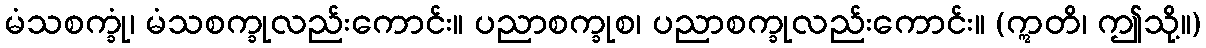
မံသစက္ခုံ၊ မံသစက္ခုလည်းကောင်း။ ပညာစက္ခုစ၊ ပညာစက္ခုလည်းကောင်း။ (ဣတိ၊ ဤသို့။)